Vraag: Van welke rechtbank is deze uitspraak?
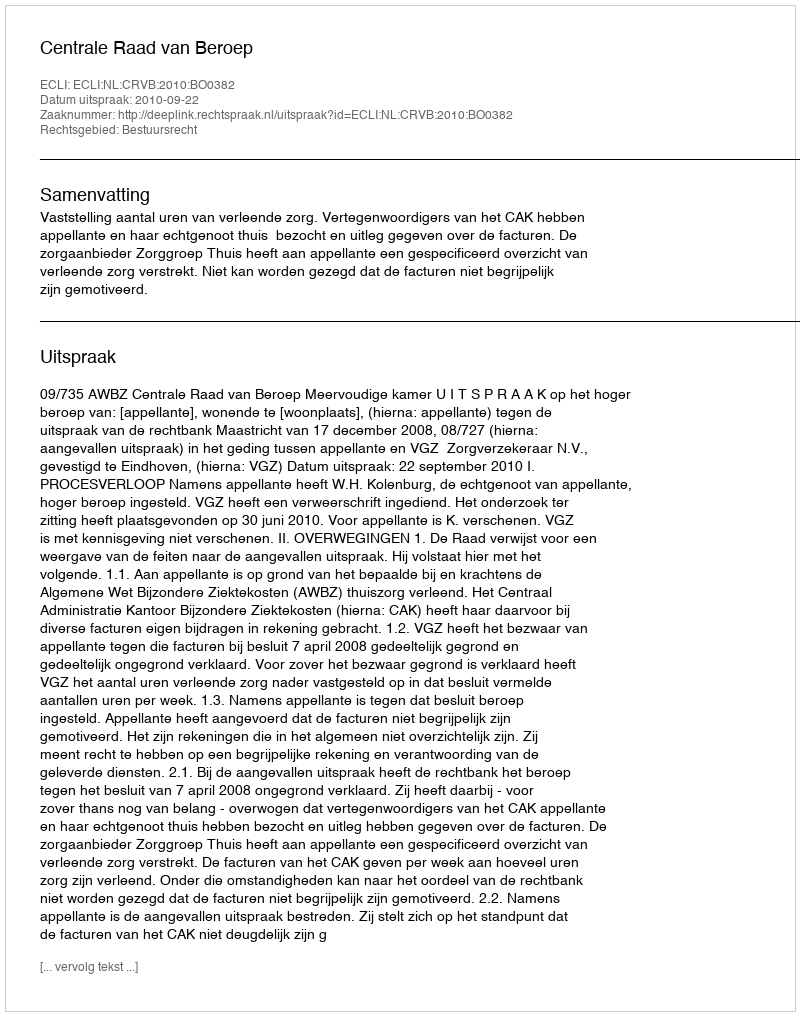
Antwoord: Centrale Raad van Beroep